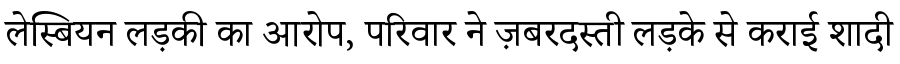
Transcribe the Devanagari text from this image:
लेस्बियन लड़की का आरोप, परिवार ने ज़बरदस्ती लड़के से कराई शादी